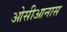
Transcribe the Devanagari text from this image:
ओसीआनास